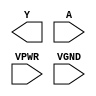
module sky130_fd_sc_hs__clkdlyinv5sd3 (
    Y   ,
    A   ,
    VPWR,
    VGND
);

    output Y   ;
    input  A   ;
    input  VPWR;
    input  VGND;
endmodule